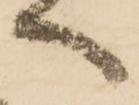
へ